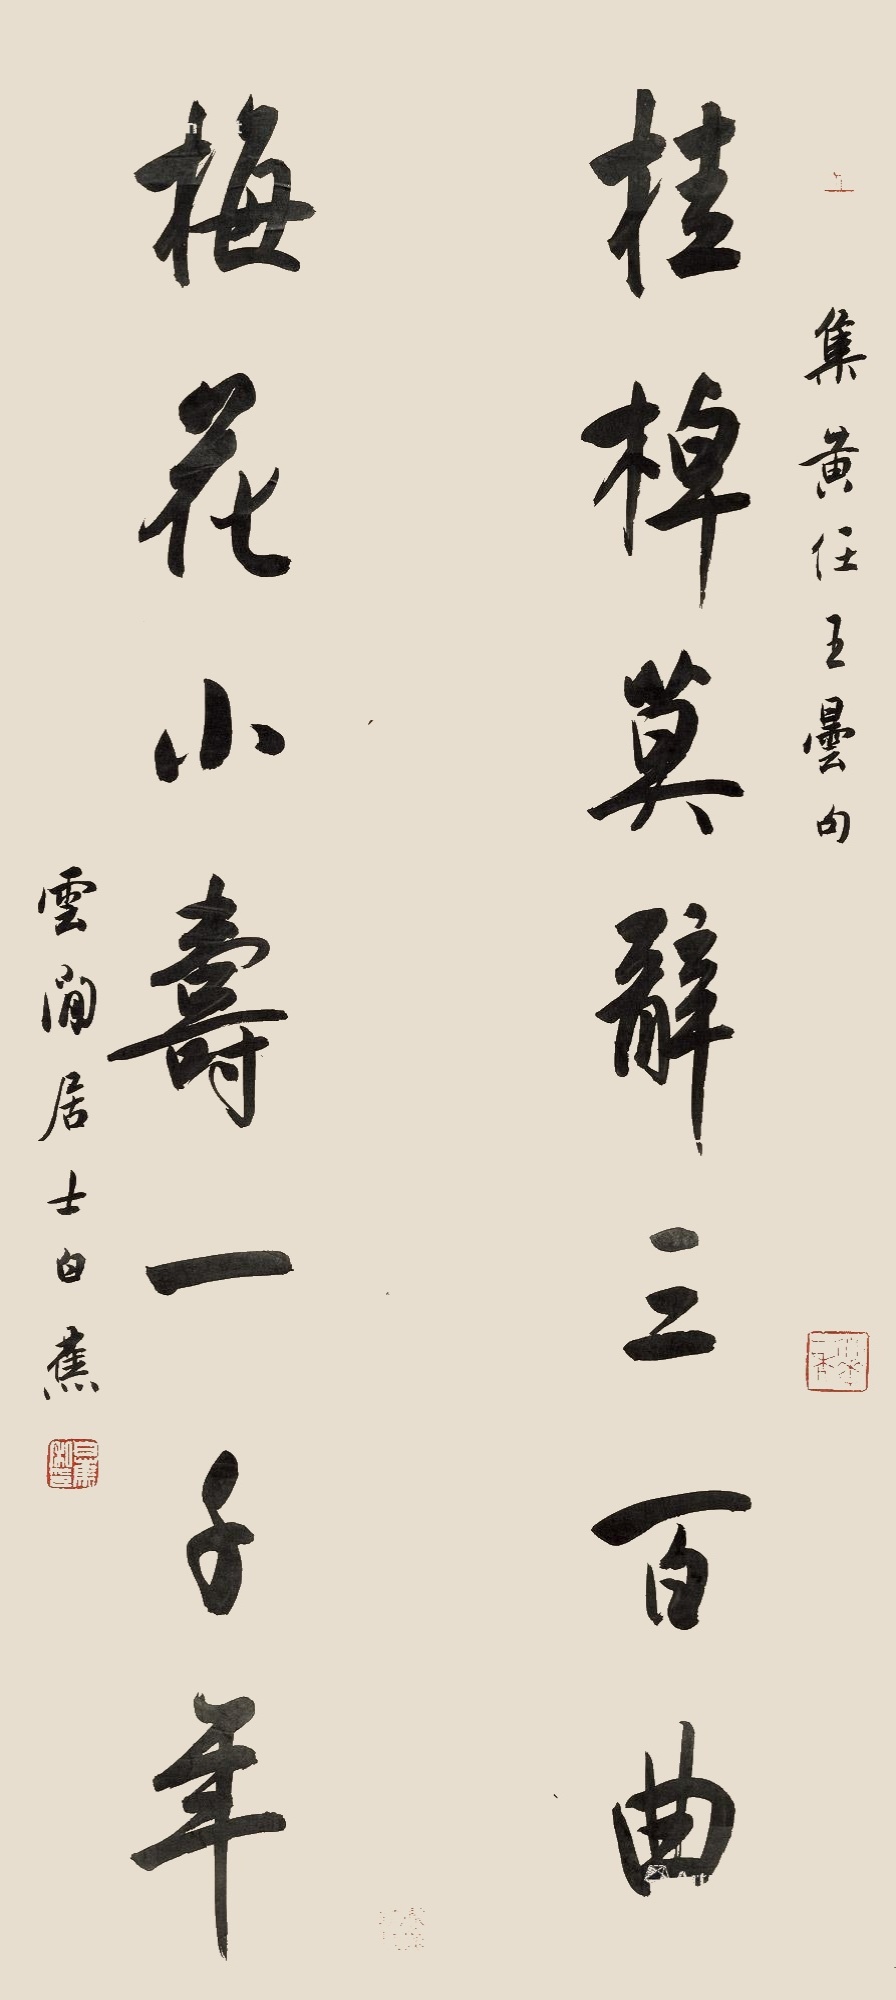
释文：桂棹莫辞三百曲，梅花小寿一千年。集黄任王昙句，云间居士白蕉。